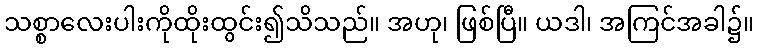
သစ္စာလေးပါးကိုထိုးထွင်း၍သိသည်။ အဟု၊ ဖြစ်ပြီ။ ယဒါ၊ အကြင်အခါ၌။